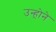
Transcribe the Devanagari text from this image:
उन्ह़ोने